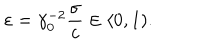
\varepsilon = \gamma _ { 0 } ^ { - 2 } \frac { \sigma } { c } \in \langle 0 , 1 ) .